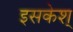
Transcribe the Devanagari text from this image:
इसकेश्